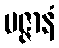
မဇ္ဇာနံ